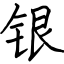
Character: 银